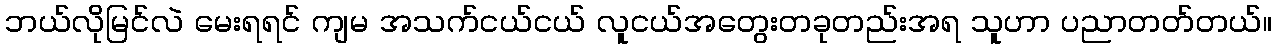
ဘယ်လိုမြင်လဲ မေးရရင် ကျမ အသက်ငယ်ငယ် လူငယ်အတွေးတခုတည်းအရ သူဟာ ပညာတတ်တယ်။